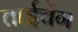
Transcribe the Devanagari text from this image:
ताईचेंग